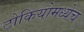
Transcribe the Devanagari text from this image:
टोकियोमध्येच